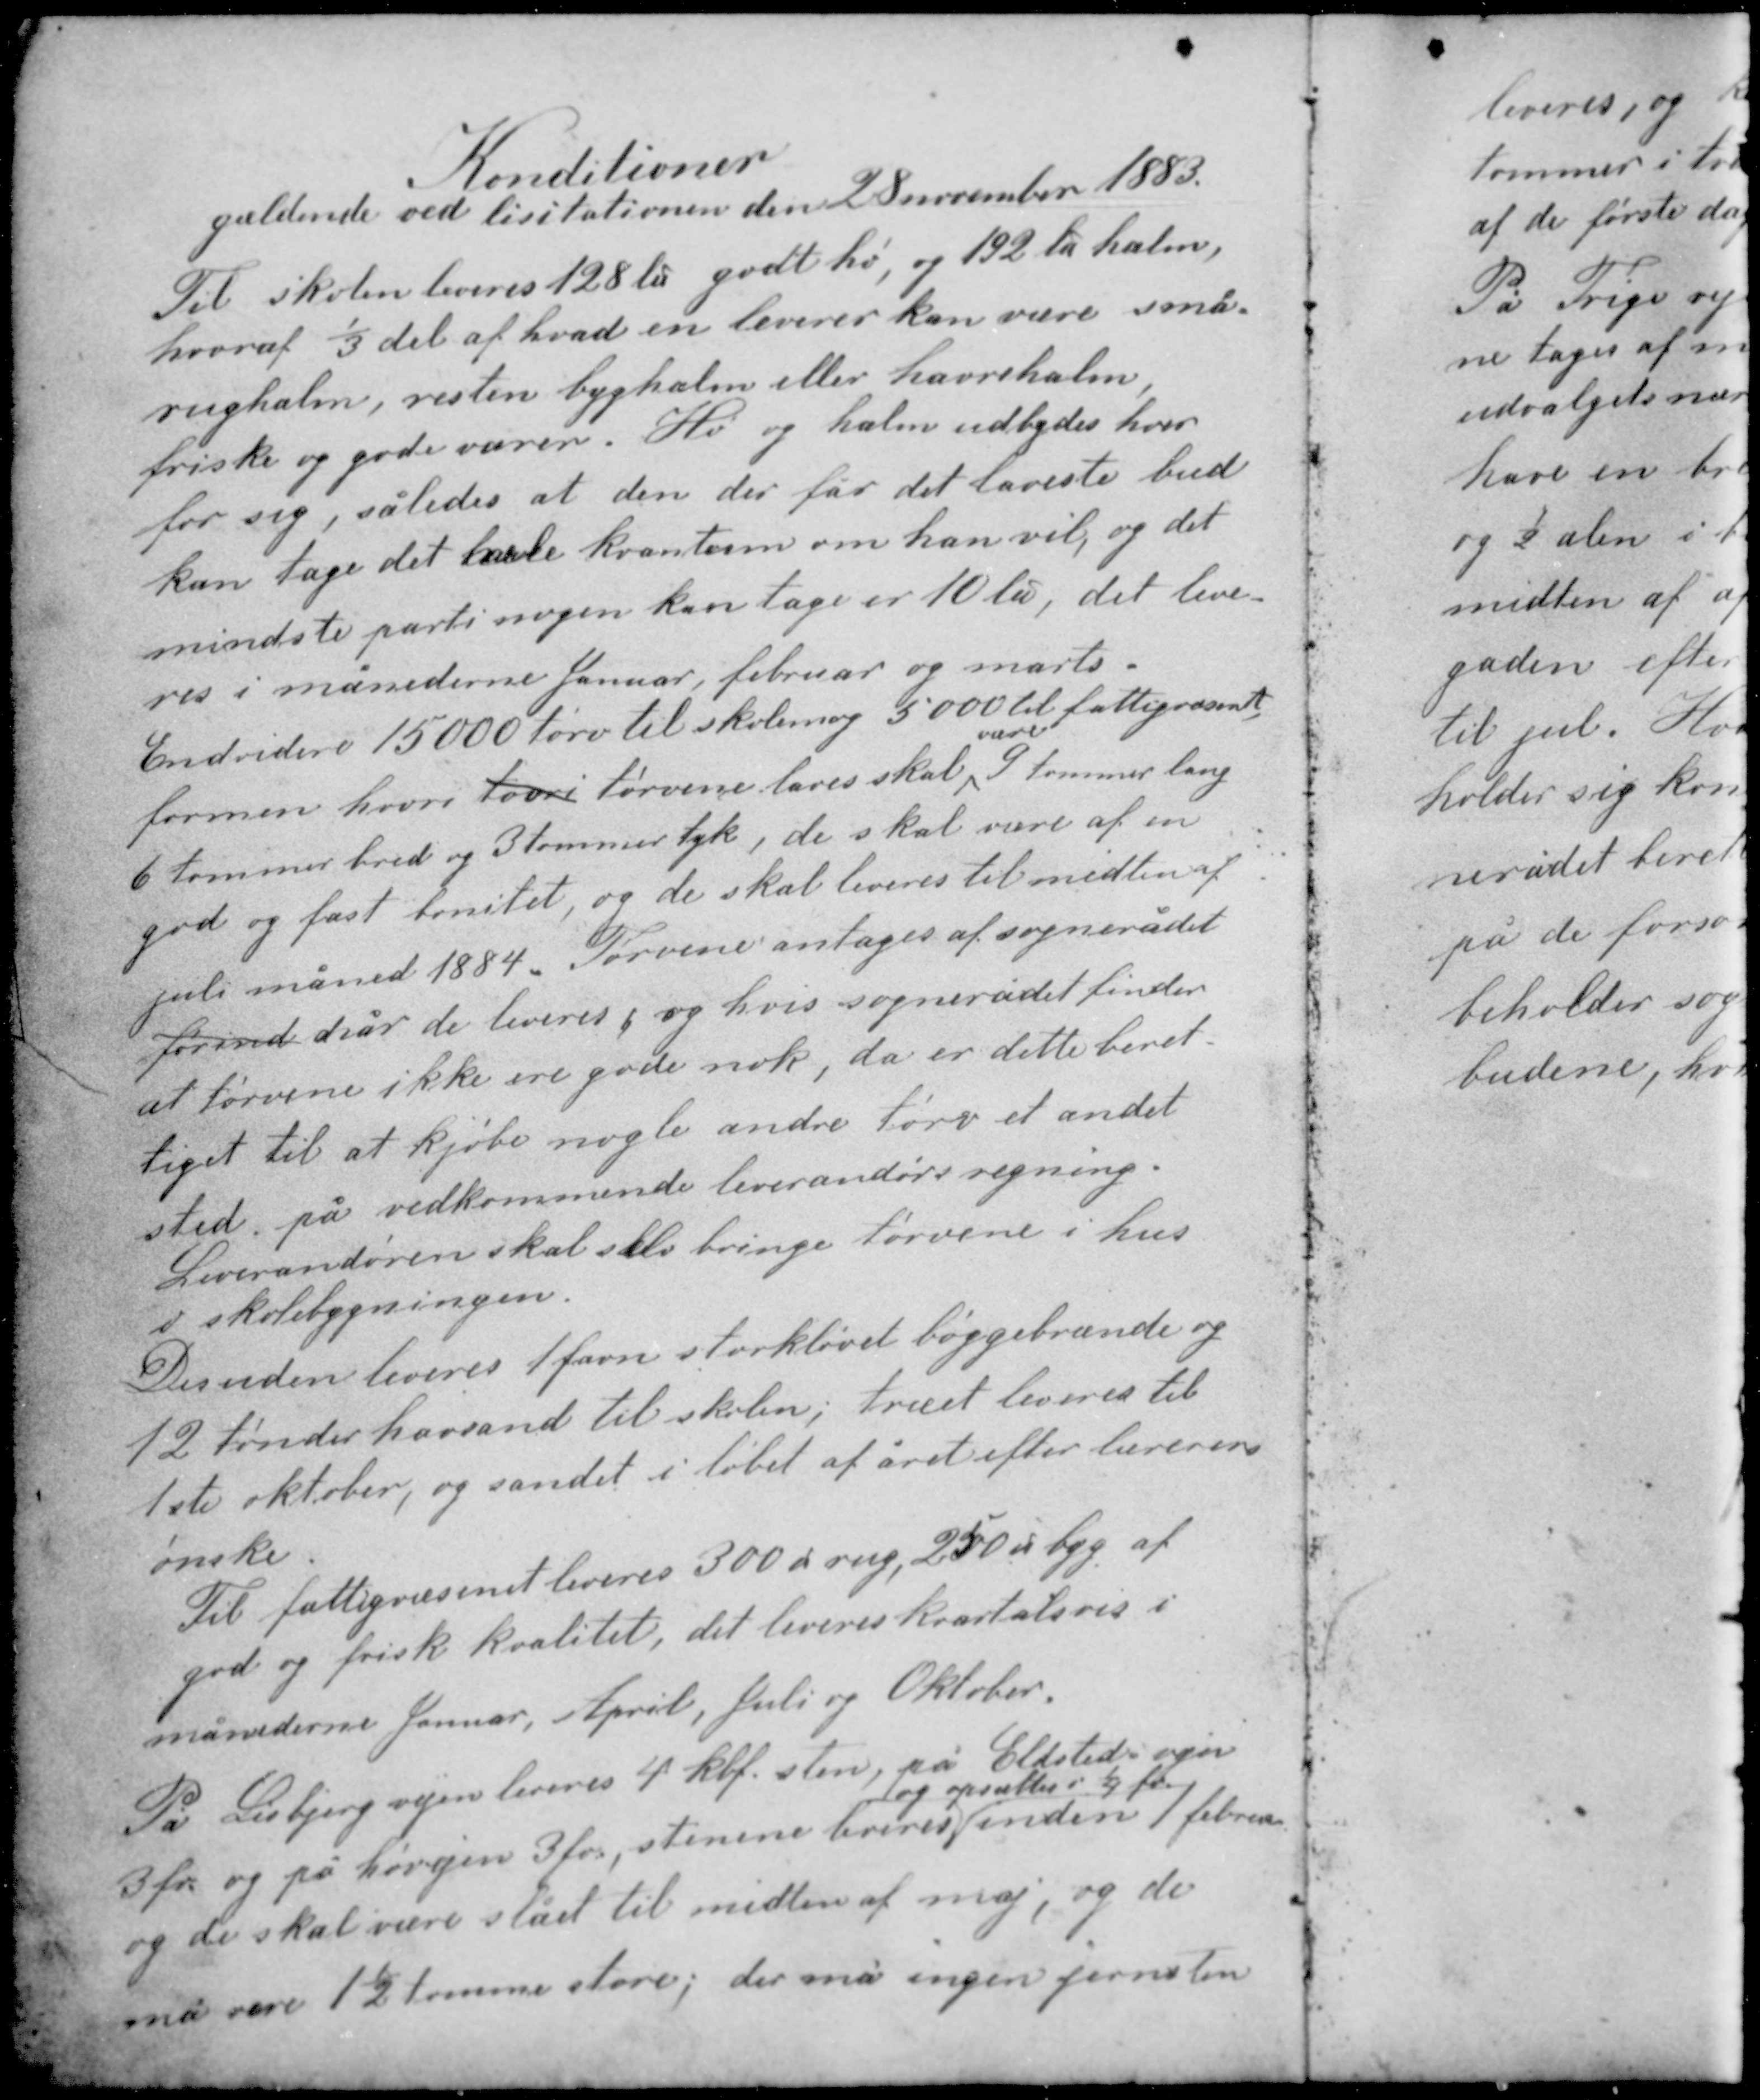
Transskription:
Konditioner
gældende ved lisitationen den 28 november 1883

Til skolen leveres 128 ℔ godt hø, og 192℔ halm,
hvoraf 1/3 del af hvad en leverer kan være små-
rughalm, resten byghalm eller havrehalm,
friske og gode varer. Hø og halm udbydes hver
for sig, således at den der får det laveste bud
kan tage det hele kvantum om han vil, og det
mindste parti nogen kan tage er 10℔, det leve-
res i månederne Januar, februar og marts.

Endvidere 15000 tørv til skolen og 5000 til fattigvæsenet
formen hvori tovri tørvene laves skal være 9 tommer lang
6 tommer bred og 3 tommer tyk, de skal være af en
god og fast tensitet, og de skal leveres til midten af
juli måned 1884. Tørvene antages af sognerådet
førend når de leveres, og hvis sognerådet finder
at tørvene ikke ere gode nok, da er dette beret-
tiget til at kjøbe nogle andre tørv et andet
sted på vedkommende leverandørs regning.
Leverandøren skal selv bringe tørvene i hus
i skolebygningen.

Desuden leveres 1 favn storkløvet bøggebrænde og
12 tønder havsand til skolen, træet leveres til
1ste oktober, og sandet i løbet af året efter lærerens
ønske.
Til fattigvæsenet leveres 300 ℔ rug, 250 ℔ byg af
god og frisk kvalitet, det leveres kvartalsvis i
månederne Januar, April, Juli og Oktober.

På Lisbjerg vejen leveres 4 kbf. sten, på Elsted vejen
og opsættes i 1/4 fv.
3 fv. og på Høvejen 3 fv., stenene leveres inden 1 februar
og de skal være slået til midten af maj, og de
må være 1½ tomme store, der må ingen jernsten